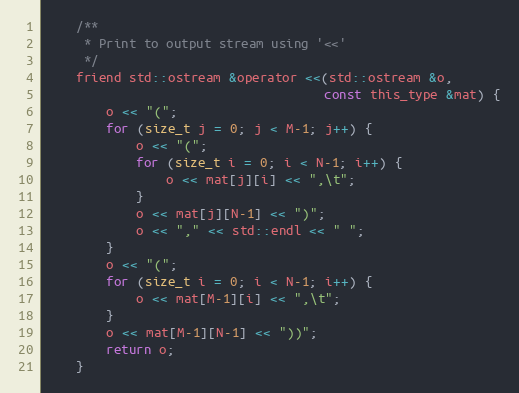
Language: C
	/**
	 * Print to output stream using '<<'
	 */
	friend std::ostream &operator <<(std::ostream &o,
	                                 const this_type &mat) {
		o << "(";
		for (size_t j = 0; j < M-1; j++) {
			o << "(";
			for (size_t i = 0; i < N-1; i++) {
				o << mat[j][i] << ",\t";
			}
			o << mat[j][N-1] << ")";
			o << "," << std::endl << " ";
		}
		o << "(";
		for (size_t i = 0; i < N-1; i++) {
			o << mat[M-1][i] << ",\t";
		}
		o << mat[M-1][N-1] << "))";
		return o;
	}